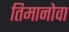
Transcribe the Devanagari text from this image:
तिमानोवा